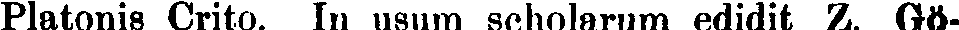
Platonis Crito. In usum scholarum edidit Z. Gö-